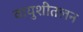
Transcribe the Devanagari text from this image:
वायुशीतलन